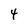
Character: 4